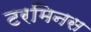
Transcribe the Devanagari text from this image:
टरमिनस